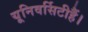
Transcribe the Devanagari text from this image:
यूनिवर्सिटीहैं।